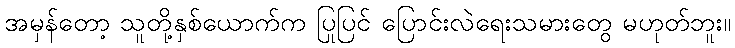
အမှန်တော့ သူတို့နှစ်ယောက်က ပြုပြင် ပြောင်းလဲရေးသမားတွေ မဟုတ်ဘူး။